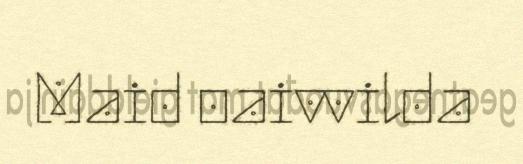
Maid oaivvilda